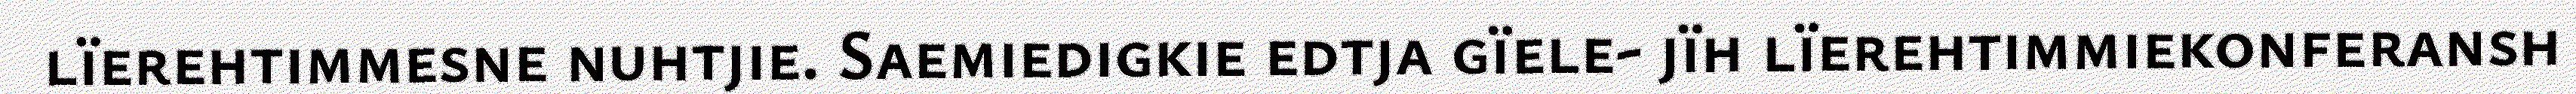
lïerehtimmesne nuhtjie. Saemiedigkie edtja gïele- jïh lïerehtimmiekonferansh